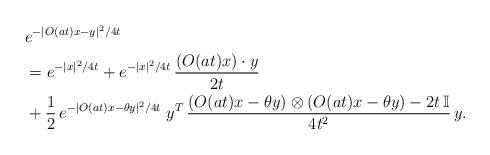
LaTeX: \begin{align*}& e^{-|O(at)x-y|^2/4t} \\&=e^{-|x|^2/4t}+e^{-|x|^2/4t}\,\frac{\left(O(at)x\right)\cdot y}{2t} \\&+\frac{1}{2}\,e^{-|O(at)x-\theta y|^2/4t}\; y^T\,\frac{\left(O(at)x-\theta y\right)\otimes \left(O(at)x-\theta y\right)-2t\,\mathbb I}{4t^2}\, y.\end{align*}